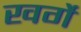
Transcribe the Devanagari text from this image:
खर्गे